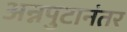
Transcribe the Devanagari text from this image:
अन्नपुटानंतर